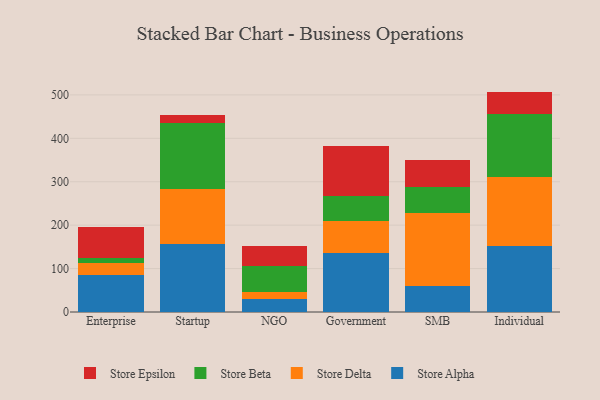
{"axis": {"x": "Segment", "y": "Tickets Resolved"}, "legend": ["Store Alpha", "Store Beta", "Store Delta", "Store Epsilon"], "data": [{"x": "Enterprise", "y": 86.3, "type": "Store Alpha"}, {"x": "Enterprise", "y": 27.1, "type": "Store Delta"}, {"x": "Enterprise", "y": 12.1, "type": "Store Beta"}, {"x": "Enterprise", "y": 69.2, "type": "Store Epsilon"}, {"x": "Startup", "y": 156.8, "type": "Store Alpha"}, {"x": "Startup", "y": 127.1, "type": "Store Delta"}, {"x": "Startup", "y": 152.3, "type": "Store Beta"}, {"x": "Startup", "y": 18.0, "type": "Store Epsilon"}, {"x": "NGO", "y": 29.5, "type": "Store Alpha"}, {"x": "NGO", "y": 16.8, "type": "Store Delta"}, {"x": "NGO", "y": 60.0, "type": "Store Beta"}, {"x": "NGO", "y": 45.5, "type": "Store Epsilon"}, {"x": "Government", "y": 136.6, "type": "Store Alpha"}, {"x": "Government", "y": 73.5, "type": "Store Delta"}, {"x": "Government", "y": 58.0, "type": "Store Beta"}, {"x": "Government", "y": 113.6, "type": "Store Epsilon"}, {"x": "SMB", "y": 60.0, "type": "Store Alpha"}, {"x": "SMB", "y": 167.2, "type": "Store Delta"}, {"x": "SMB", "y": 60.4, "type": "Store Beta"}, {"x": "SMB", "y": 62.4, "type": "Store Epsilon"}, {"x": "Individual", "y": 152.7, "type": "Store Alpha"}, {"x": "Individual", "y": 159.2, "type": "Store Delta"}, {"x": "Individual", "y": 145.0, "type": "Store Beta"}, {"x": "Individual", "y": 50.7, "type": "Store Epsilon"}]}